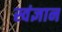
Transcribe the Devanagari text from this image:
स्वंज्ञान